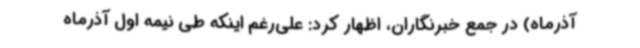
آذرماه) در جمع خبرنگاران، اظهار کرد: علی‌رغم اینکه طی نیمه اول آذرماه